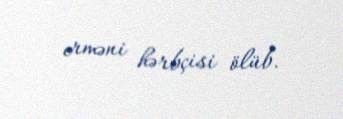
erməni hərbçisi ölüb.